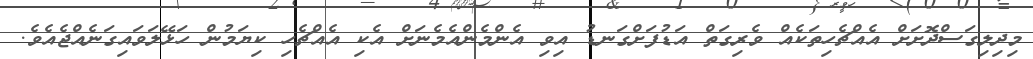
މިދިލިގަސްދޮށަށް އެއްޗެހިތަކެއް ވެރިގަތް އަޑުފަށްގަނޑު އިވި އެންމެންއެމެނަށް އެކި އެއްޗެހި ކިޔަމުން ހަޅޭލަވައިގަނެއްޖެއެވެ.